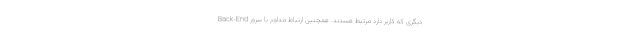
دیگری که کاربر دارد مرتبط هستند. همچنین ارتباط مداوم با سرور Back-End